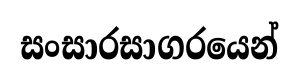
සංසාරසාගරයෙන්